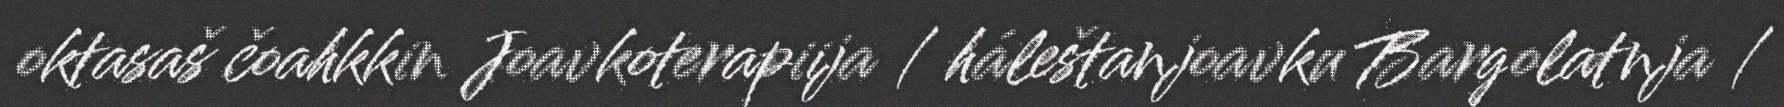
oktasaš čoahkkin Joavkoterapiija / háleštanjoavku Bargolatnja /